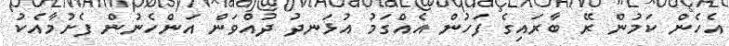
އެހެން ކަމުން ރޭ ބާރައިގެ ފަހުން އެއްގަމު އުޅަނދު ދުއްވަން އަންހެނުން ފެށުމާއެކު